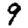
Digit: 9